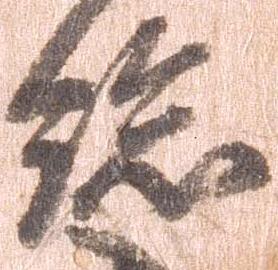
総